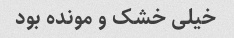
خیلی خشک و مونده بود